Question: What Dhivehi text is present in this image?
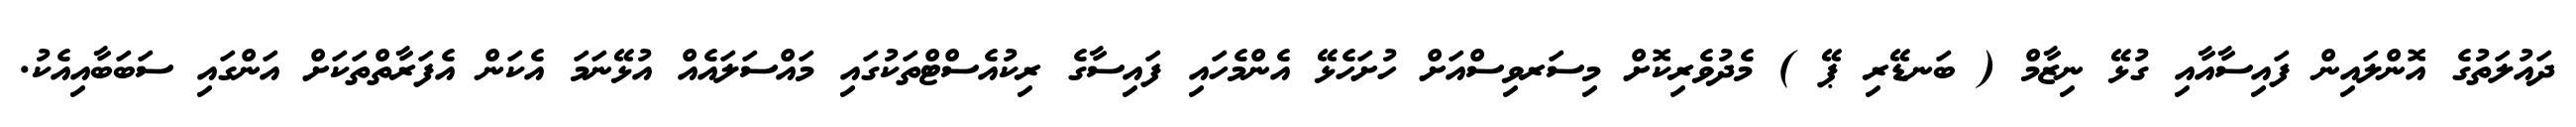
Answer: ދައުލަތުގެ އޮންލައިން ފައިސާއާއި ގުޅޭ ނިޒާމް ( ބަނޑޭރި ޕޭ ) މެދުވެރިކޮށް މިސަރވިސްއަށް ހުށަހެޅޭ އެންމެހައި ފައިސާގެ ރިކުއެސްޓްތަކުގައި މައްސަލައެއް އުޅޭނަމަ އެކަން އެފަރާތްތަކަށް އަންގައި ސަބަބާއިއެކު.